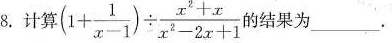
8.计算$$(1+ \frac{1}{x-1}) \div \frac{x^{2}+x}{x^{2}-2x+1}$$的结果为___.